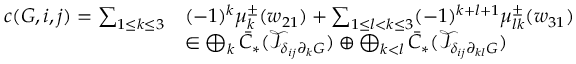
\begin{array} { r l } { c ( G , i , j ) = \sum _ { 1 \leq k \leq 3 } } & { ( - 1 ) ^ { k } \mu _ { k } ^ { \pm } ( w _ { 2 1 } ) + \sum _ { 1 \leq l < k \leq 3 } ( - 1 ) ^ { k + l + 1 } \mu _ { l k } ^ { \pm } ( w _ { 3 1 } ) } \\ & { \in \bigoplus _ { k } \bar { C } _ { * } ( \mathcal { T } _ { \delta _ { i j } \partial _ { k } G } ) \oplus \bigoplus _ { k < l } \bar { C } _ { * } ( \mathcal { T } _ { \delta _ { i j } \partial _ { k l } G } ) } \end{array}